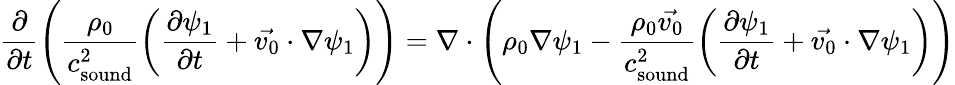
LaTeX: \frac{\partial}{\partial t}\left(\frac{\rho_{0}}{c_{\mathrm{sound}}^{2}}\left(\frac{\partial\psi_{1}}{\partial t}+\vec{v_{0}}\cdot\nabla\psi_{1}\right)\right)=\nabla\cdot\left(\rho_{0}\nabla\psi_{1}-\frac{\rho_{0}\vec{v_{0}}}{c_{\mathrm{sound}}^{2}}\left(\frac{\partial\psi_{1}}{\partial t}+\vec{v_{0}}\cdot\nabla\psi_{1}\right)\right)